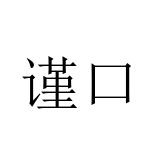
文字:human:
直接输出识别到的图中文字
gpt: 谨口